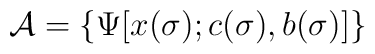
{\cal A} =\{\Psi[x (\sigma); c (\sigma), b(\sigma)]\}